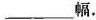
___幅.